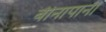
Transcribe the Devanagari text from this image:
बीनापानी